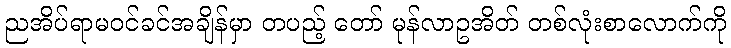
ညအိပ်ရာမဝင်ခင်အချိန်မှာ တပည့် တော် မုန်လာဥအိတ် တစ်လုံးစာလောက်ကို